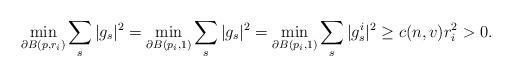
LaTeX: \begin{align*}\min\limits_{\partial B(p, r_i)}\sum\limits_{s}|g_s|^2=\min\limits_{\partial B(p_i, 1)}\sum\limits_{s}|g_s|^2=\min\limits_{\partial B(p_i, 1)}\sum\limits_{s}|g^i_s|^2 \geq c(n, v)r_i^2>0.\end{align*}